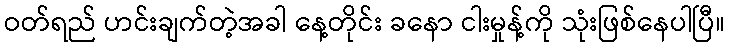
ဝတ်ရည် ဟင်းချက်တဲ့အခါ နေ့တိုင်း ခနော ငါးမှုန့်ကို သုံးဖြစ်နေပါပြီ။